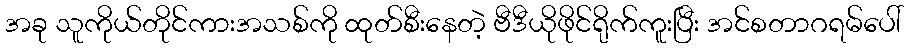
အခု သူကိုယ်တိုင်ကားအသစ်ကို ထုတ်စီးနေတဲ့ ဗီဒီယိုဖိုင်ရိုက်ကူးပြီး အင်စတာဂရမ်ပေါ်